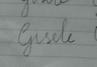
Signature authenticity: forged